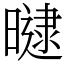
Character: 曃